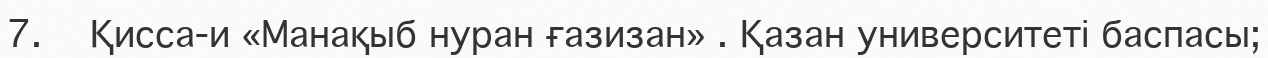
7.   Қисса-и «Манақыб нуран ғазизан» . Қазан университеті баспасы;